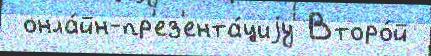
 онла́йн-пр'ез'ента́циjу Второ́й